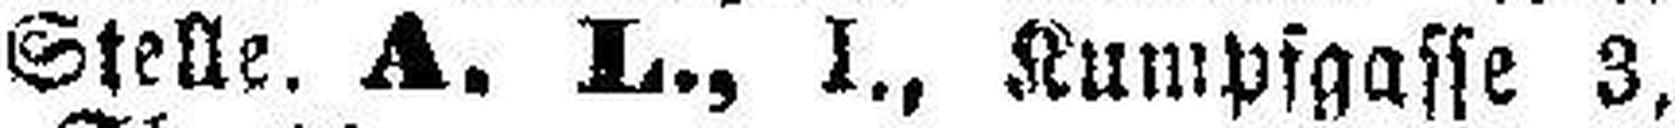
Stelle. A. L., I., Kumpfgasse 3,